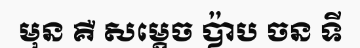
មុន គឺ សម្តេច ប៉ាប ចន ទី